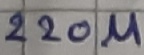
Text: 220µ